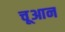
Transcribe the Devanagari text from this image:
चूआन